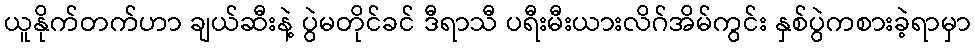
ယူနိုက်တက်ဟာ ချယ်ဆီးနဲ့ ပွဲမတိုင်ခင် ဒီရာသီ ပရီးမီးယားလိဂ်အိမ်ကွင်း နှစ်ပွဲကစားခဲ့ရာမှာ